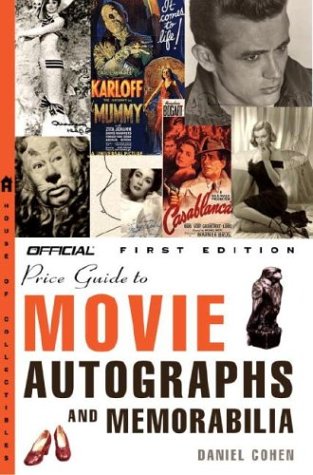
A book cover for The Official Price Guide to Movie Autographs and Memorabilia; Daniel Cohen; Crafts, Hobbies & Home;